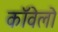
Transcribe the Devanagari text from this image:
कॉवेलो